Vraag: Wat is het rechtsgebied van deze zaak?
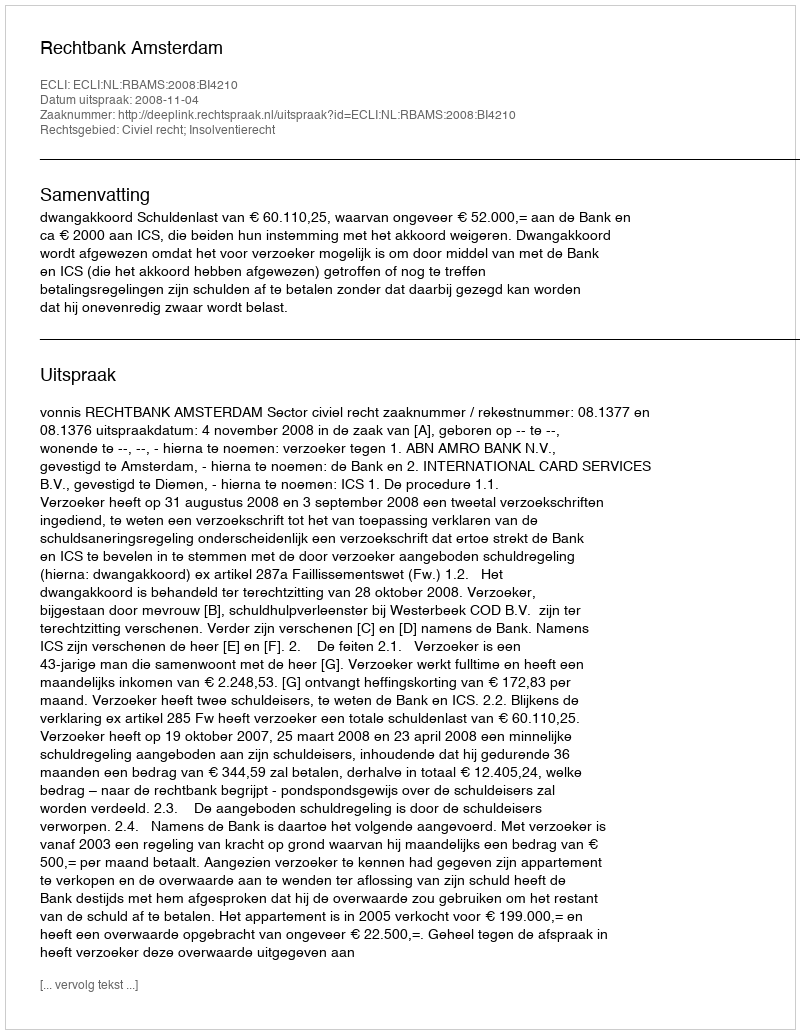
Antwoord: Civiel recht; Insolventierecht